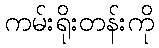
ကမ်းရိုးတန်းကို